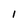
Character: I